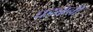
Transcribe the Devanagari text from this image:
घड्यानी